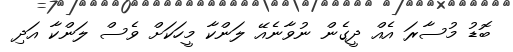
ބޮޑު މުސާރަ އެއް ދީގެން ނުވާނެއޭ ލަންކާ މީހަކަށް ވެސް ލަންކާ އަދި